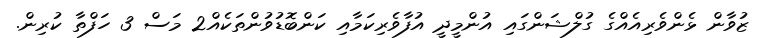
ޒުވާން ޅެންވެރިއެއްގެ ގުލްޝަންގައި އުންމީދީ އުފާވެރިކަމާއި ކަންބޮޑުވުންތަކެއް2 މަސް 3 ހަފްތާ ކުރިން.